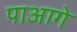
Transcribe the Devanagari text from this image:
पाआगे